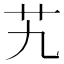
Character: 艽